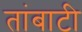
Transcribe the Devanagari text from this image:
तांबाटी